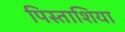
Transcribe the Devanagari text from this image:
पिस्ताशिया